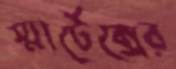
স্মার্টেক্সের